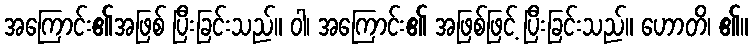
အကြောင်း၏အဖြစ် ပြီးခြင်းသည်။ ဝါ၊ အကြောင်း၏ အဖြစ်ဖြင့် ပြီးခြင်းသည်။ ဟောတိ၊ ၏။